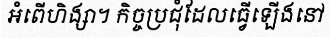
អំពើហិង្សា។ កិច្ចប្រជុំដែលធ្វើឡើងនៅ